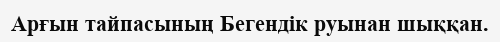
Арғын тайпасының Бегендік руынан шыққан.